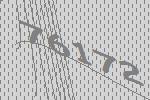
76172